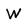
Character: W